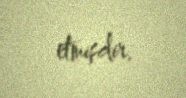
etmişdir.